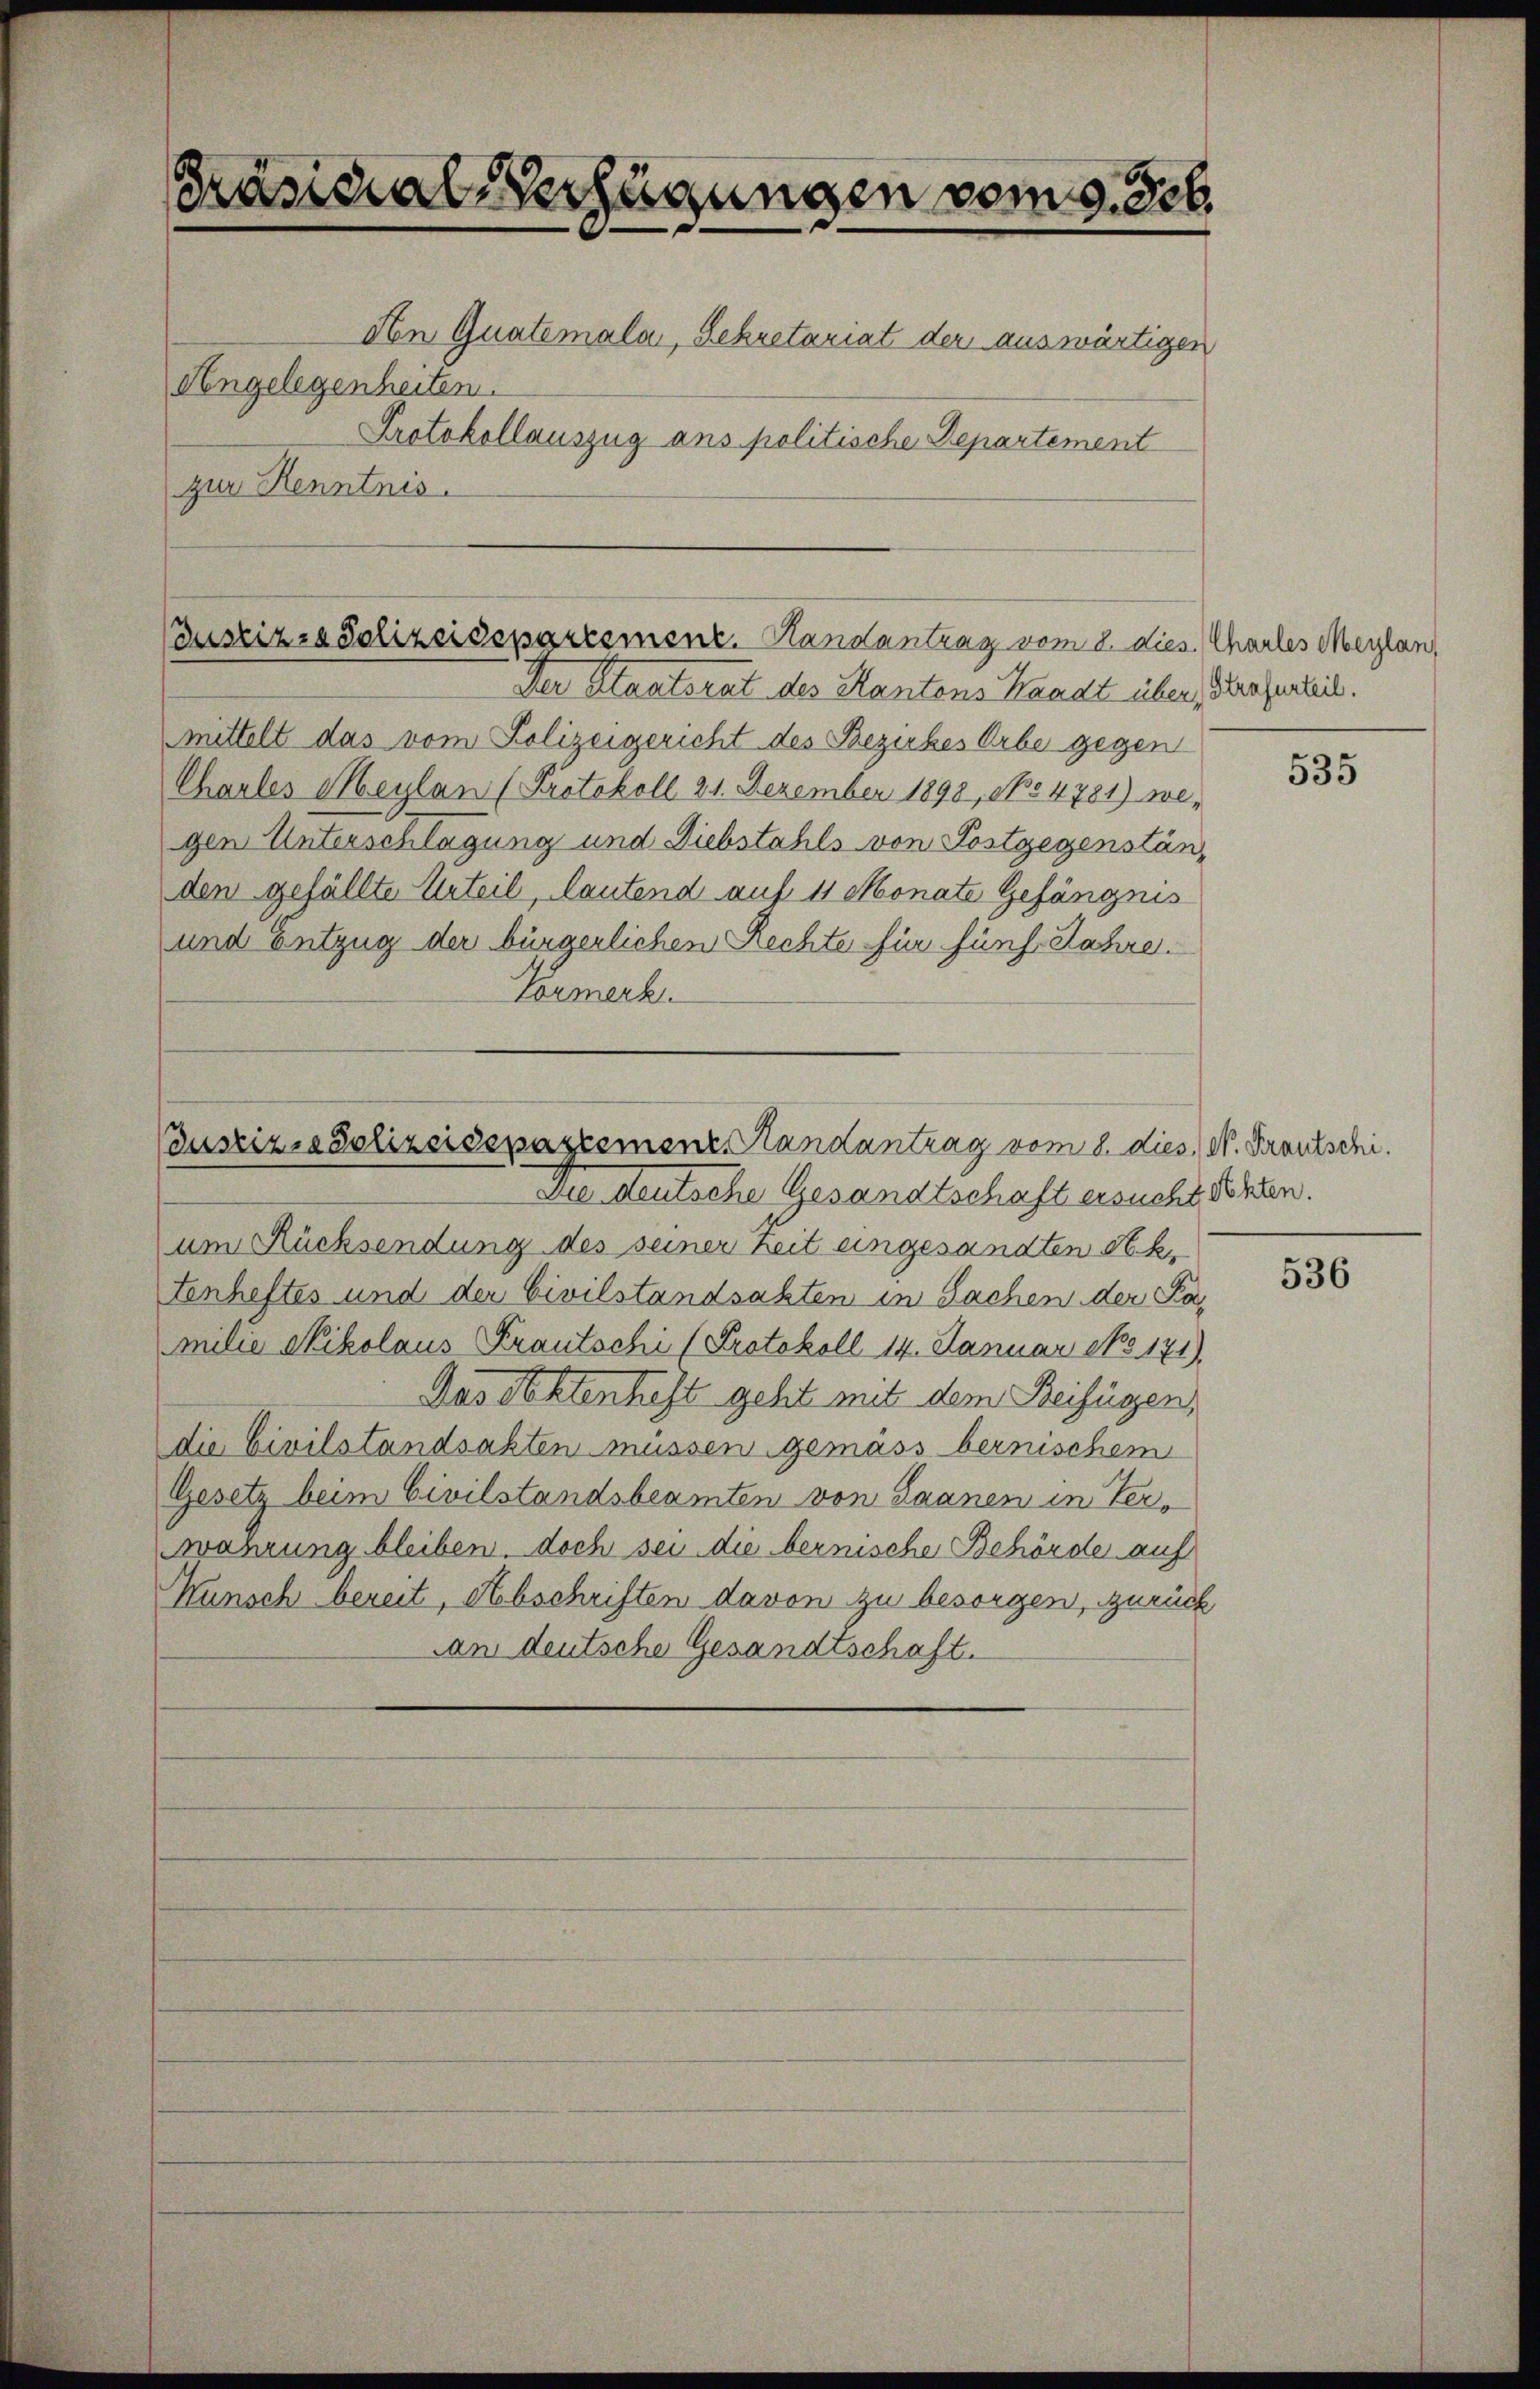
Präsidial-Verfügungen vom 9. Seb.
dn Quatemala, Sekretariat der auswärtigen
Angelegenheiten.
Protokollauszug ans politische Departement
zur Kenntnis.

Der Staatsrat des Kantons Waadt über, Berufentlich.
mittelt das vom Polizeigericht des Bezirkes Orbe gegen
Chaules Meylan (Protokoll 24. Dezember 1898, opo 4781) we-
gen Unterschlagung und Diebstahls von Postgegenständen gefällte Urteil, lautend auf 4 Monate Gefängnis
und Entzug der bürgerlichen Rechte für fünf Jahre.
Tormerk
um Rücksendung des seiner Zeit eingesandten St. k.
Fenheftes und der Civilstandsakten in Sachen der Par
milie Nikolaus Krautschi (Protokoll 14. Januar No 171).
Das Rechtenheft geht mit dem Beifügen,
die Civilstandsakten müssen gemäss bernischem
Gesetz beim Civilstandsbeamten von Saanen in Verwahrung bleiben, doch sei die bernische Behörde auf
Wunsch bereit, Abschriften davon zu besorgen, zurück
Aan deutsche Gesandtschaft.

Pustiz- & Polizeidepartement. Handantrag vom 8. dies. Charles Maylan,

Puszizia Polizeidepartement. Randantrag vom 8. dies N. Krautschi.
Die deutsche Gesandtschaft ersucht schlen.

535

536